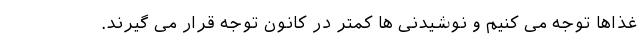
غذاها توجه می کنیم و نوشیدنی ها کمتر در کانون توجه قرار می گیرند.